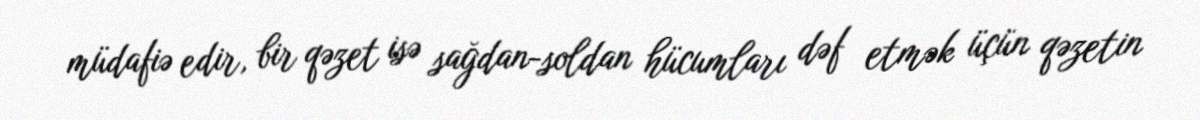
müdafiə edir, bir qəzet isə sağdan-soldan hücumları dəf etmək üçün qəzetin